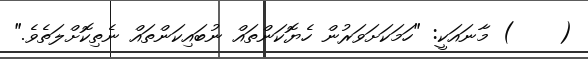
(    ) މާނައަކީ: "ހަމަކަށަވަރުން ހެޔޮކަންތައް ނުބައިކަންތައް ނެތިކޮށްލަތެވެ."